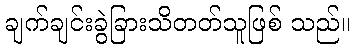
ချက်ချင်းခွဲခြားသိတတ်သူဖြစ် သည်။